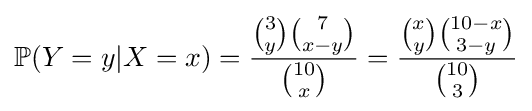
\mathbb {P} (Y=y|X=x)={\frac {{\binom {3}{y}}{\binom {7}{x-y}}}{\binom {10}{x}}}={\frac {{\binom {x}{y}}{\binom {10-x}{3-y}}}{\binom {10}{3}}}